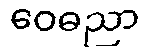
ဝေဓညာ